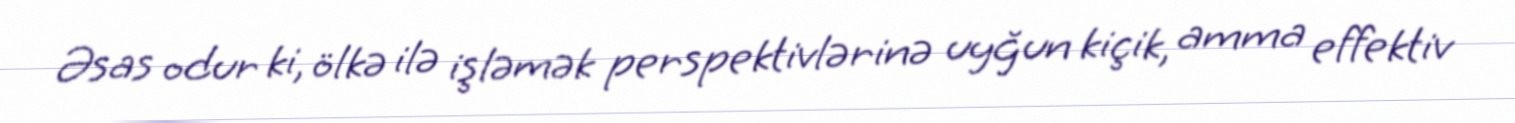
Əsas odur ki, ölkə ilə işləmək perspektivlərinə uyğun kiçik, amma effektiv